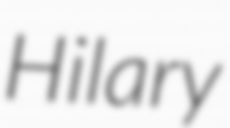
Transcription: Hilary